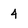
Character: 4